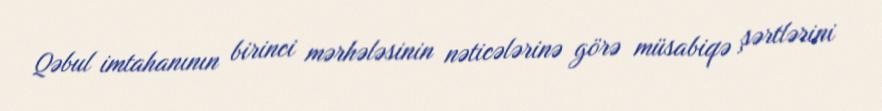
Qəbul imtahanının birinci mərhələsinin nəticələrinə görə müsabiqə şərtlərini